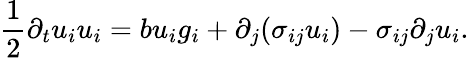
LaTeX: \frac{1}{2}\partial_{t}u_{i}u_{i}=bu_{i}g_{i}+\partial_{j}(\sigma_{ij}u_{i})-\sigma_{ij}\partial_{j}u_{i}.